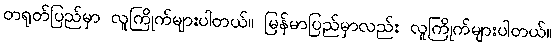
တရုတ်ပြည်မှာ လူကြိုက်များပါတယ်။ မြန်မာပြည်မှာလည်း လူကြိုက်များပါတယ်။